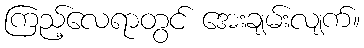
ကြည့်လေရာတွင် အေးချမ်းလျက်။